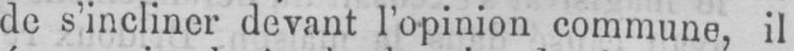
de s’incliner devant l’opinion commune, il